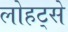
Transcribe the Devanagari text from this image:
लोहट्से